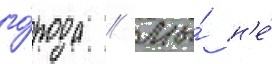
го́рода // Мы́ н'е́